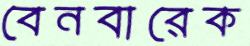
বেনবারেক